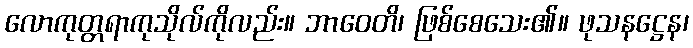
လောကုတ္တရာကုသိုလ်ကိုလည်း။ ဘာဝေတိ၊ ဖြစ်စေသေး၏။ ဖုသနဋ္ဌေန၊